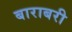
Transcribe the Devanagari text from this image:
बाराबरी